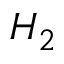
H _ { 2 }